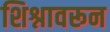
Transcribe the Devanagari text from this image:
शिश्नावरून